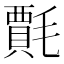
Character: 𭯦